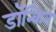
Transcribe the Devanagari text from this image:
डॉन्किन